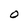
Character: O